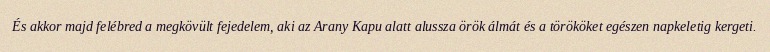
És akkor majd felébred a megkövült fejedelem, aki az Arany Kapu alatt alussza örök álmát és a törököket egészen napkeletig kergeti.